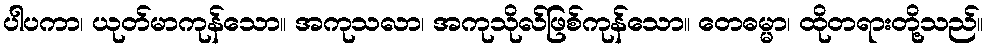
ပါပကာ၊ ယုတ်မာကုန်သော။ အကုသလာ၊ အကုသိုလ်ဖြစ်ကုန်သော။ တေဓမ္မာ၊ ထိုတရားတို့သည်။